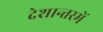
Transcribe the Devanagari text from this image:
देशान्तरमें